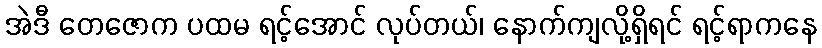
အဲဒီ တေဇောက ပထမ ရင့်အောင် လုပ်တယ်၊ နောက်ကျလို့ရှိရင် ရင့်ရာကနေ